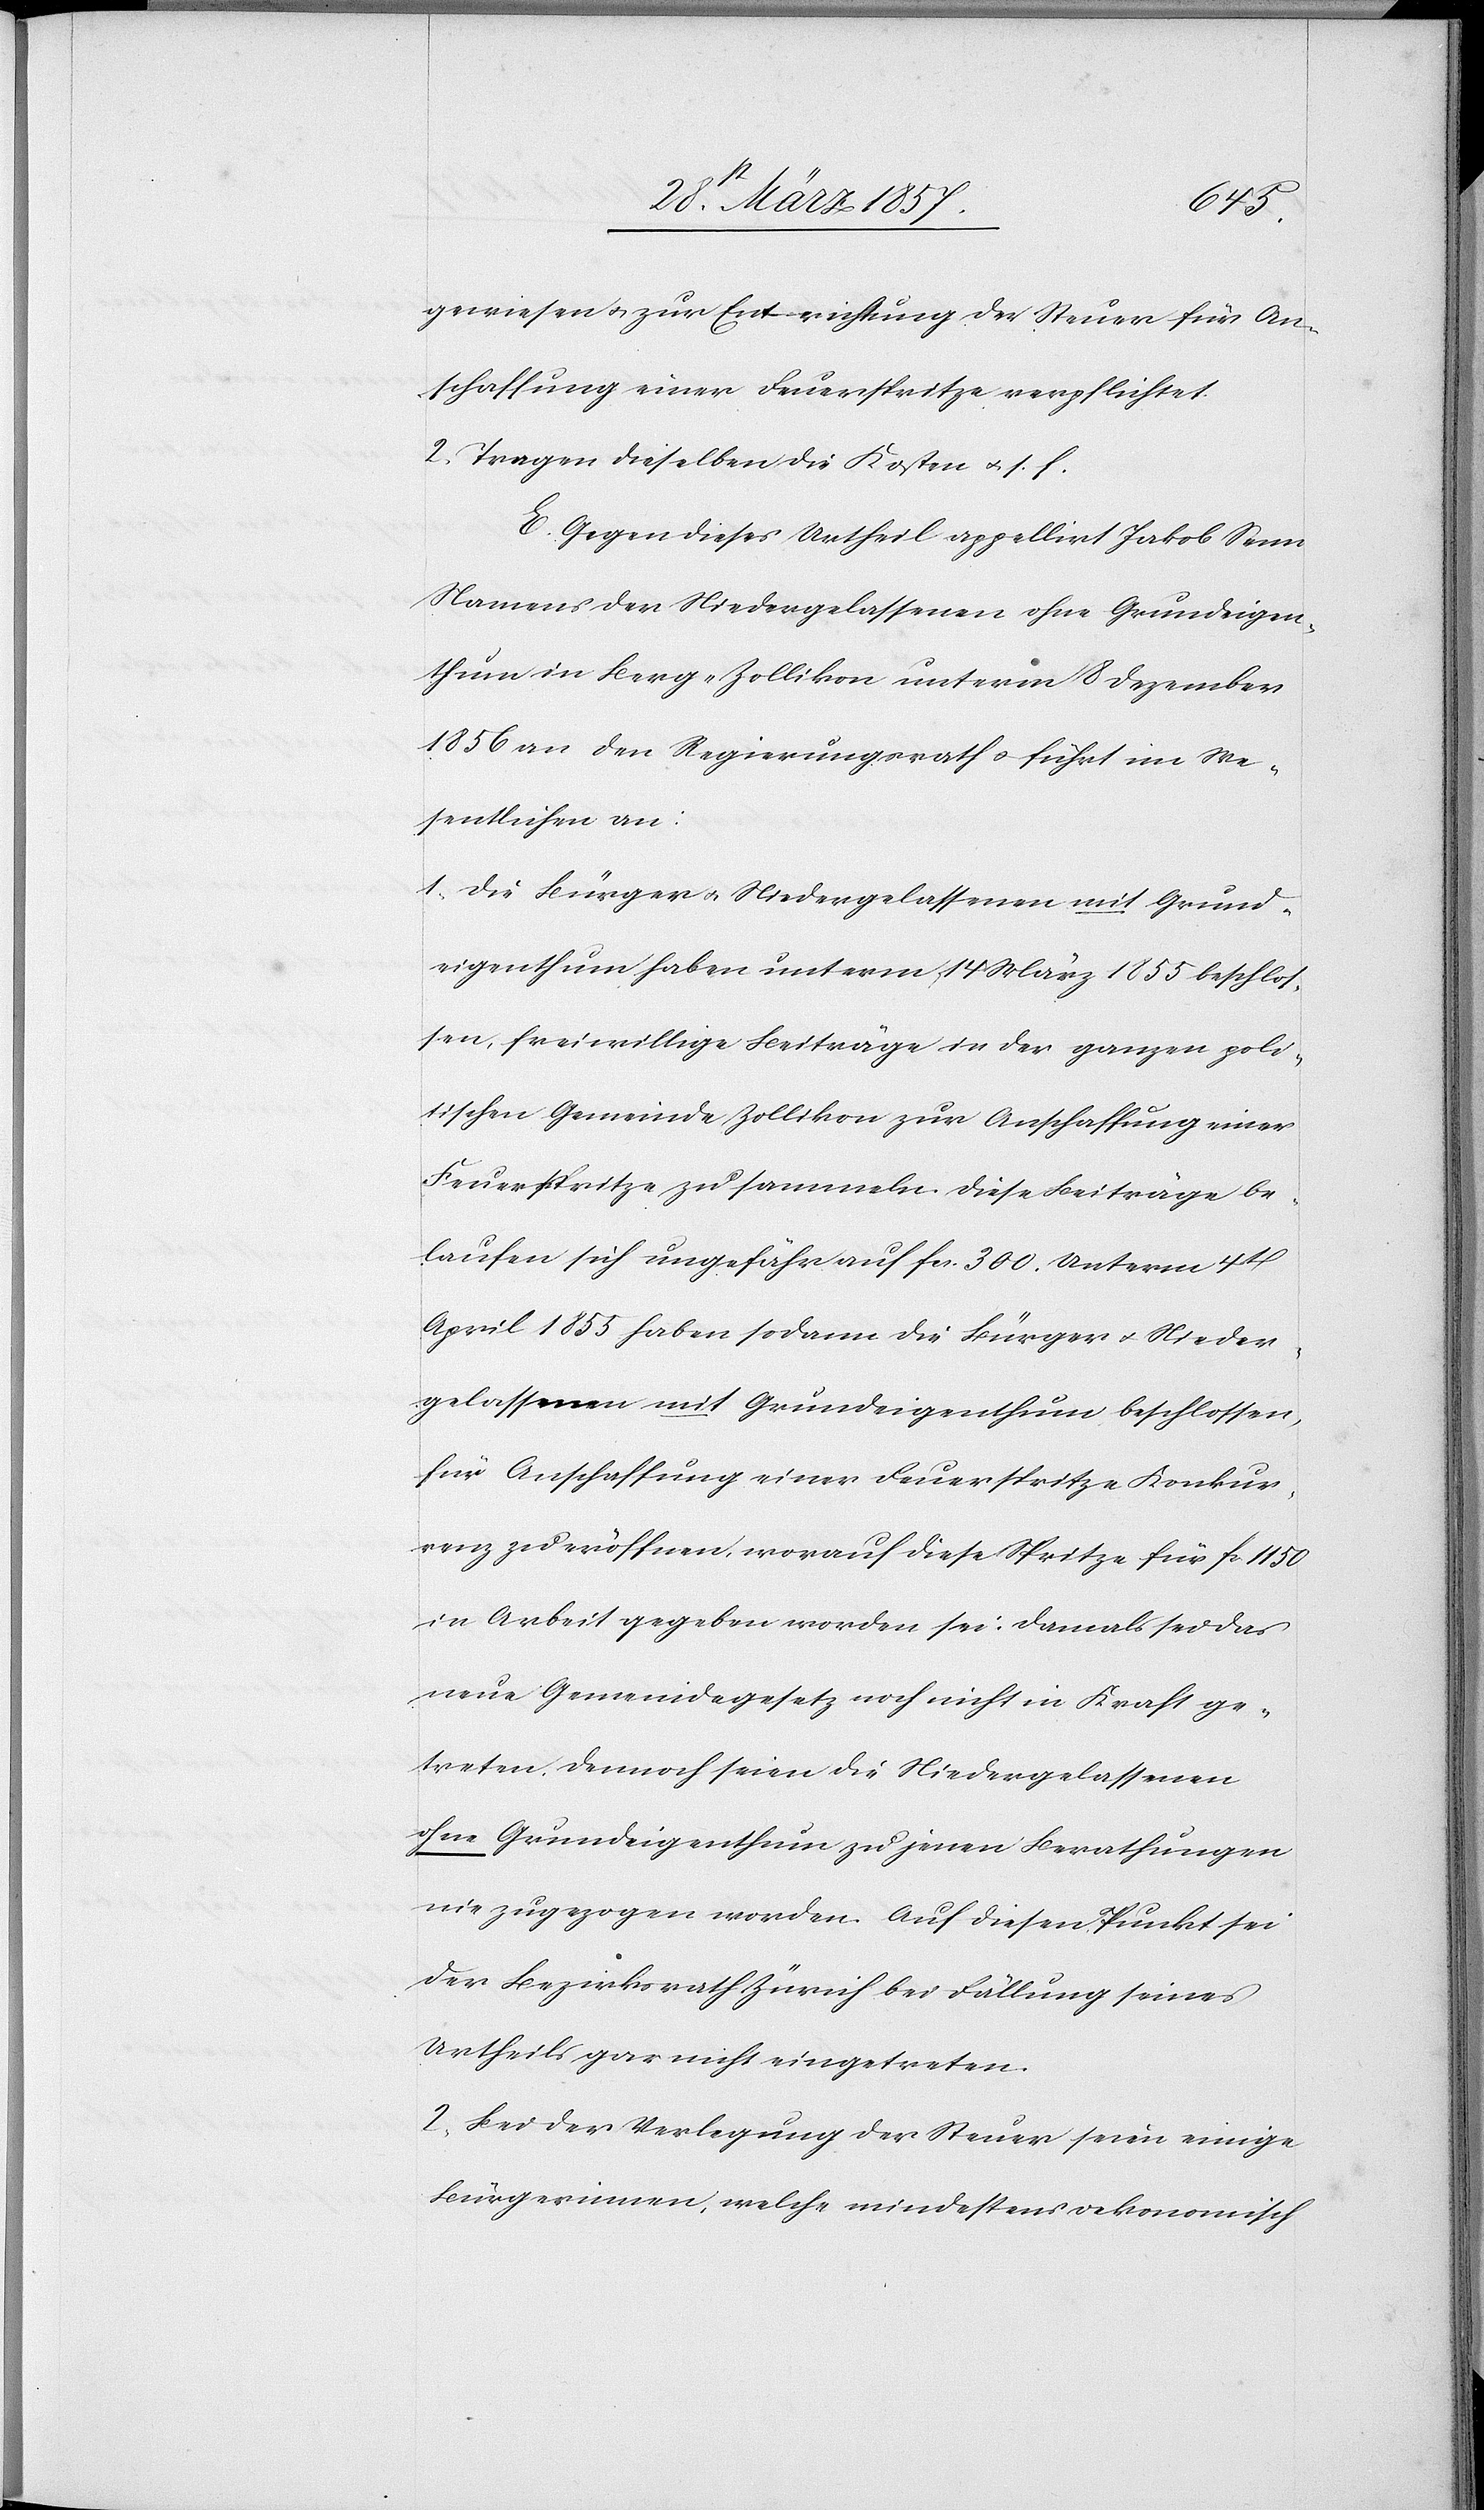
gewiesen u. zur Entrichtung der Steuer für An¬
schaffung einer Feuerspritze verpflichtet.
2. Tragen dieselben die Kosten u. s. f.
E. Gegen dieses Urtheil appellirt Jakob Senn
Namens der Niedergelassenen ohne Grundeigen¬
thum in Berg-Zollikon unterm 8 Dezember
1856 an den Regierungsrath u. führt im We¬
sentlichen an:
1. Die Bürger u. Niedergelassenen mit Grund¬
eigenthum haben unterm 14 März 1855 beschlos¬
sen, freiwillige Beiträge in der ganzen poli¬
tischen Gemeinde Zollikon zur Anschaffung einer
Feuerspritze zu sammeln. Diese Beiträge be¬
laufen sich ungefähr auf fr. 300. Unterm 4t
April 1855 haben sodann die Bürger u. Nieder¬
gelassenen mit Grundeigenthum beschlossen,
für Anschaffung einer Feuerspritze Konkur¬
renz zu eröffnen, worauf diese Spritze für fr. 1150
in Arbeit gegeben worden sei. Damals sei das
neue Gemeindegesetz noch nicht in Kraft ge¬
treten. Dennoch seien die Niedergelassenen
ohne Grundeigenthum zu jenen Berathungen
nie zugezogen worden. Auf diesen Punkt sei
der Bezirksrath Zürich bei Fällung seines
Urtheils gar nicht eingetreten.
2. Bei der Verlegung der Steuer seien einige
Bürgerinnen, welche mindestens oekonomisch